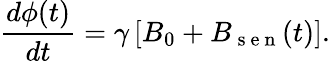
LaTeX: \frac{d\phi(t)}{dt}=\gamma\left[B_{0}+B_{\mathrm{~s~e~n~}}(t)\right].